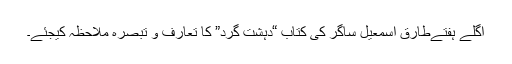
اگلے ہفتےطارق اسمٰعیل ساگر کی کتاب “دہشت گرد” کا تعارف و تبصرہ ملاحظہ کیجئے۔